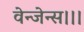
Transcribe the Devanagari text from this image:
वेन्जेन्स।।।